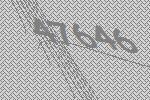
47646